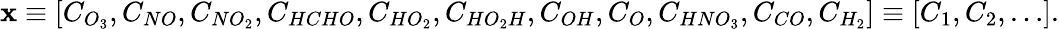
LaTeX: \mathbf{x}\equiv[C_{O_{3}},C_{NO},C_{NO_{2}},C_{HCHO},C_{HO_{2}},C_{HO_{2}H},C_{OH},C_{O},C_{HNO_{3}},C_{CO},C_{H_{2}}]\equiv[C_{1},C_{2},\dots].